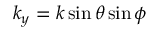
k _ { y } = k \sin \theta \sin \phi \,